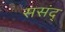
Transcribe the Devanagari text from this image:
ससंद्